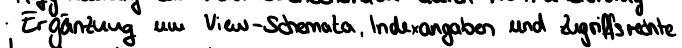
Ergänzung um View-Schemata, Indexangaben und Zugriffsrechte